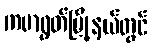
ကမာရွတ်မြို့နယ်တွင်